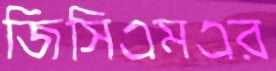
জিসিএমএর